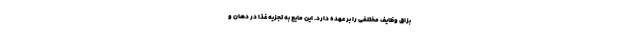
بزاق وظایف مختلفی را بر عهده دارد. این مایع به تجزیه غذا در دهان و